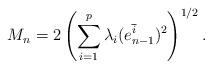
LaTeX: \begin{align*}M_n=2\left(\sum_{i=1}^p\lambda_i(e_{n-1}^{\overline i})^2\right)^{1/2}.\end{align*}